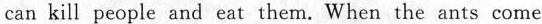
can kill people and eat them. When the ants come